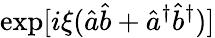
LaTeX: \exp[i\xi(\hat{a}\hat{b}+\hat{a}^{\dagger}\hat{b}^{\dagger})]